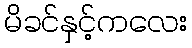
မိခင်နှင့်ကလေး